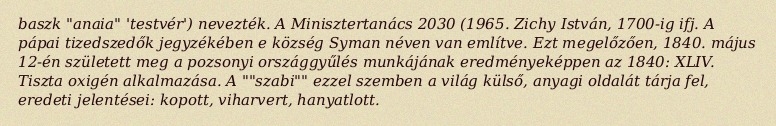
baszk "anaia" 'testvér') nevezték. A Minisztertanács 2030 (1965. Zichy István, 1700-ig ifj. A pápai tizedszedők jegyzékében e község Syman néven van említve. Ezt megelőzően, 1840. május 12-én született meg a pozsonyi országgyűlés munkájának eredményeképpen az 1840: XLIV. Tiszta oxigén alkalmazása. A ""szabi"" ezzel szemben a világ külső, anyagi oldalát tárja fel, eredeti jelentései: kopott, viharvert, hanyatlott.